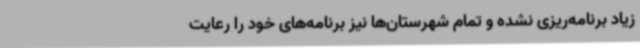
زیاد برنامه‌ریزی نشده و تمام شهرستان‌ها نیز برنامه‌های خود را رعایت